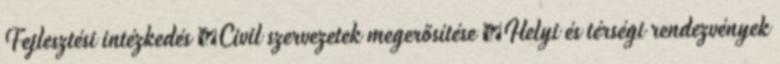
Fejlesztési intézkedés ▪Civil szervezetek megerősítése ▪Helyi és térségi rendezvények